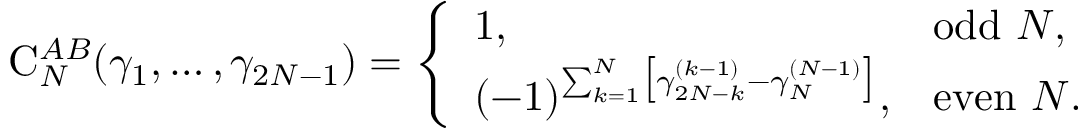
\begin{array} { r } { \mathrm C _ { N } ^ { A B } ( \gamma _ { 1 } , \dots , \gamma _ { 2 N - 1 } ) = \left\{ \begin{array} { l l } { 1 , } & { \mathrm { o d d ~ } N , } \\ { ( - 1 ) ^ { \sum _ { k = 1 } ^ { N } \bigl [ \gamma _ { 2 N - k } ^ { ( k - 1 ) } - \gamma _ { N } ^ { ( N - 1 ) } \bigr ] } , } & { \mathrm { e v e n ~ } N . } \end{array} \right. } \end{array}